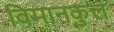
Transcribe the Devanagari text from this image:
विमानकुल